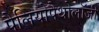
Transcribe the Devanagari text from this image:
पैलियोपैथोलॉजी